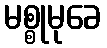
မစ္စုမုခေ